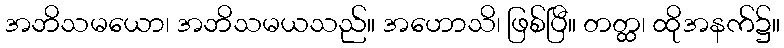
အဘိသမယော၊ အဘိသမယသည်။ အဟောသိ၊ ဖြစ်ပြီ။ တတ္ထ၊ ထိုအနက်၌။